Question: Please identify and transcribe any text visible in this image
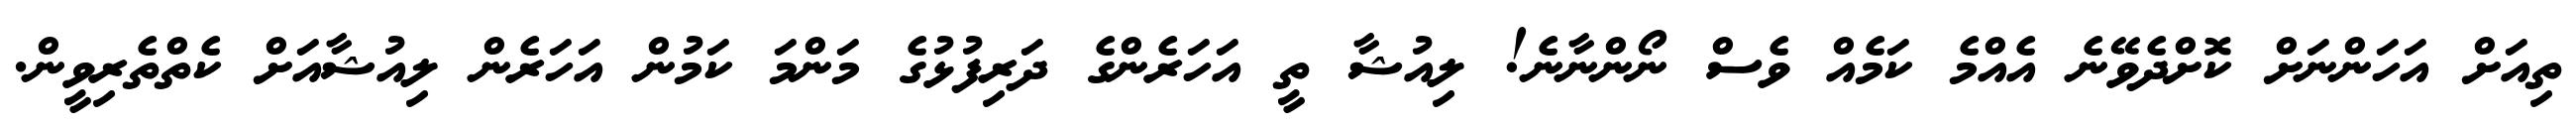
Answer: ތިއަށް އަހަންނަށް ކޮށްދެވޭނެ އެއްމެ ކަމެއް ވެސް ނޯންނާނެ! ލިއުޝާ ތީ އަހަރެންގެ ދަރިފުޅުގެ މަންމަ ކަމުން އަހަރެން ލިއުޝާއަށް ކެތްތެރިވީން.